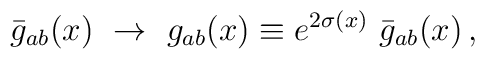
\bar g_{ab}(x)\ \rightarrow\ g_{ab}(x) \equiv e^{2\sigma (x)}\ \bar g_{ab}(x)\,,